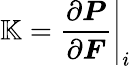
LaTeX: \mathbb{K}=\left.\frac{\partial\boldsymbol{P}}{\partial\boldsymbol{F}}\right|_{i}